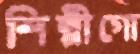
শিল্পীগো